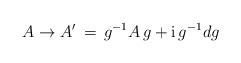
LaTeX: \begin{align*}A \to A' \, = \, g^{-1}A \, g + {\rm i} \, g^{-1}d g\end{align*}